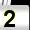
Digit: 2